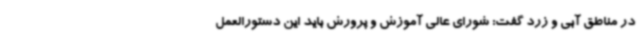
در مناطق آبی و زرد گفت: شورای عالی آموزش و پرورش باید این دستورالعمل